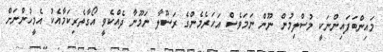
މައިންބަފައިންނަކީ މުސްލިމުން ނޫން ނަމަވެސް އަހަރެމެންގެ ރަސޫލާ ނަމޫނާ ދެއްކެވީ އޯގާތެރިކަމާއެކު އެމީހުންނަށް